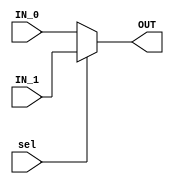
`timescale 1ns / 1ps
//////////////////////////////////////////////////////////////////////////////////
// Company: 
// Engineer: 
// 
// Design Name: 
// Module Name:    mux_sel1 
// Project Name: 
// Target Devices: 
// Tool versions: 
// Description: 
//
// Dependencies: 
//
// Revision: 
// Revision 0.01 - File Created
// Additional Comments: 
//
//////////////////////////////////////////////////////////////////////////////////
module mux_sel1 #(parameter dw='h10)
(  input [dw-1:0] IN_0, IN_1,
	input sel,
	output [dw-1:0] OUT
    );

assign OUT = sel ? IN_1 : IN_0;

endmodule